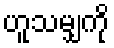
ဟူသမျှကို